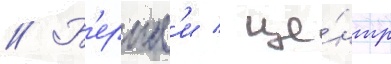
// Б'ернл'и / це́нтр